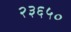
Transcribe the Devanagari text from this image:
२३६५०